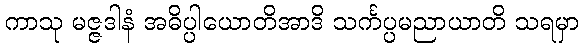
ကာသု မဇ္ဇဒါနံ အဓိပ္ပါယောတိအာဒိ သင်္ကပ္ပမညာယာတိ သရမှာ